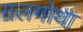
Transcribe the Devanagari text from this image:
गलगोथा